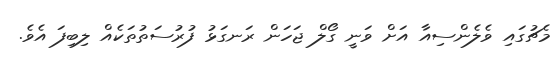
މެޗުގައި ވެލެންސިއާ އަށް ވަނީ ގޯލް ޖަހަން ރަނގަޅު ފުރުސަތުތަކެއް ލިބިފަ އެވެ.